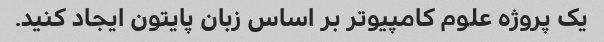
یک پروژه علوم کامپیوتر بر اساس زبان پایتون ایجاد کنید.